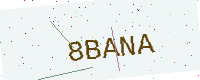
Text: 8BANA